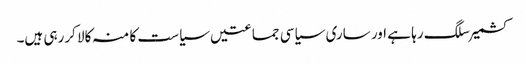
کشمیر سلگ رہا ہے اور ساری سیاسی جماعتیں سیاست کا منہ کالا کررہی ہیں۔